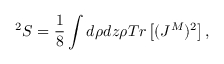
^ 2 S = \frac { 1 } { 8 } \int d \rho d z \rho T r \left[ ( J ^ { M } ) ^ { 2 } \right] ,